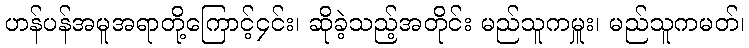
ဟန်ပန်အမူအရာတို့ကြောင့်၄င်း၊ ဆိုခဲ့သည့်အတိုင်း မည်သူကမှူး၊ မည်သူကမတ်၊